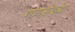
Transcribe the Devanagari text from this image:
गणसंख्या